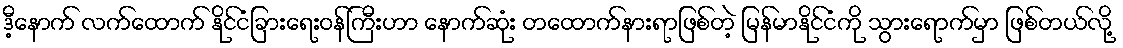
ဒီ့နောက် လက်ထောက် နိုင်ငံခြားရေးဝန်ကြီးဟာ နောက်ဆုံး တထောက်နားရာဖြစ်တဲ့ မြန်မာနိုင်ငံကို သွားရောက်မှာ ဖြစ်တယ်လို့